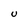
Character: U